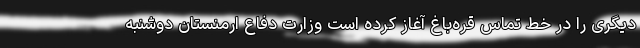
دیگری را در خط تماس قره‌باغ آغاز کرده است وزارت دفاع ارمنستان دوشنبه